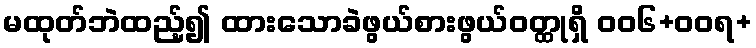
မထုတ်ဘဲထည့်၍ ထားသောခဲဖွယ်စားဖွယ်ဝတ္ထုရှိ ဝဝ၆+ဝဝရ+